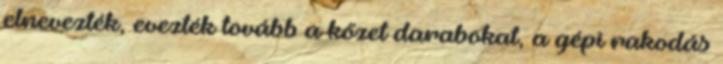
elnevezték, evezték tovább a kőzet darabokat, a gépi rakodás